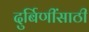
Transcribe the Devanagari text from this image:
दुर्बिणींसाठी